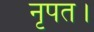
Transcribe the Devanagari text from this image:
नृपत।